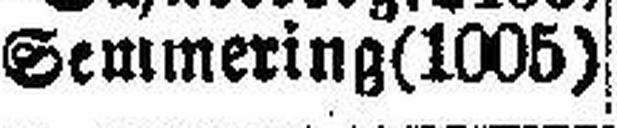
Semmering (1005)